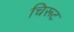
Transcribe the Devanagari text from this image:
चिरूट